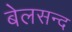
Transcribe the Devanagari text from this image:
बेलसन्द